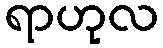
ရာဟုလ